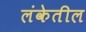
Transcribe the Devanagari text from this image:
लंकेतील